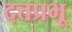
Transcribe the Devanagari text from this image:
दत्तप्रभू